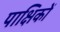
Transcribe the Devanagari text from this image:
पाक्षिकों